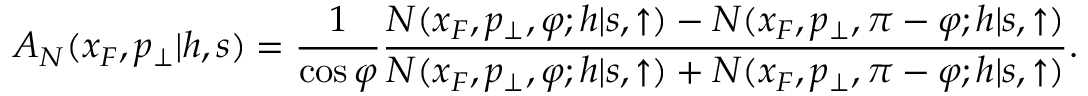
A _ { N } ( x _ { F } , p _ { \perp } | h , s ) = { \frac { 1 } { \cos \varphi } } { \frac { N ( x _ { F } , p _ { \perp } , \varphi ; h | s , \uparrow ) - N ( x _ { F } , p _ { \perp } , \pi - \varphi ; h | s , \uparrow ) } { N ( x _ { F } , p _ { \perp } , \varphi ; h | s , \uparrow ) + N ( x _ { F } , p _ { \perp } , \pi - \varphi ; h | s , \uparrow ) } } .